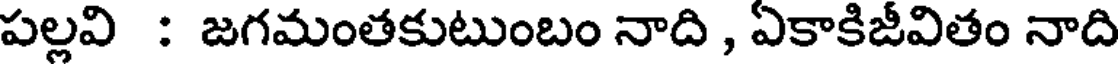
పల్లవి : జగమంతకుటుంబం నాది , ఏకాకిజీవితం నాది